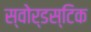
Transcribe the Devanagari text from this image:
स्वोर्डस्टिक